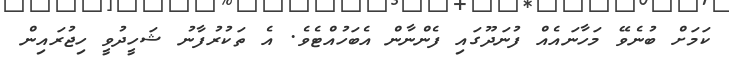
ކަމަށް ބުނެވޭ މަހާނައެއް ފުނަދޫގައި ފެންނާން އެބަހުއްޓެވެ. އެ ތަކުރުފާނު ޝަހީދުވީ ހިޖުރައިން